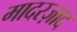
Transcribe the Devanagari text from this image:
मादरज़ाद